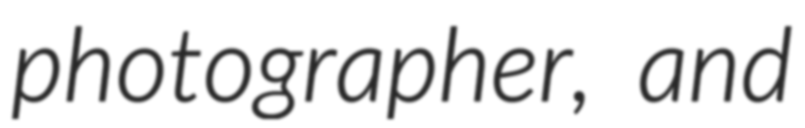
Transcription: photographer, and